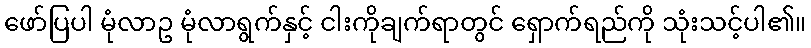
ဖော်ပြပါ မုံလာဥ မုံလာရွက်နှင့် ငါးကိုချက်ရာတွင် ရှောက်ရည်ကို သုံးသင့်ပါ၏။